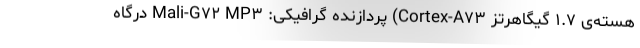
هسته‌ی ۱.۷ گیگاهرتز Cortex-A۷۳) پردازنده گرافیکی: Mali-G۷۲ MP۳ درگاه